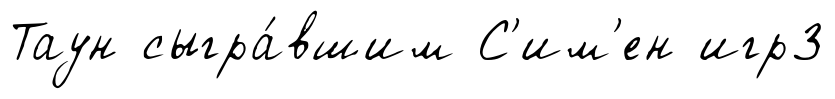
Таун сыгра́вшим С'им'ен игр3